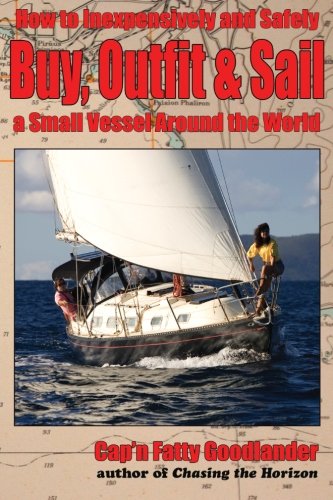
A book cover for Buy, Outfit, Sail: How To Inexpensively and Safely Buy, Outfit, and Sail a Small Vessel Around the World; Capn Fatty Goodlander; Sports & Outdoors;